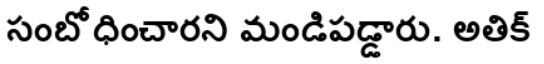
సంబోధించారని మండిపడ్డారు. అతిక్